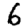
Digit: 6